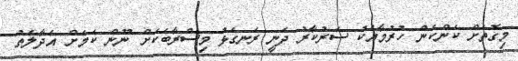
މިގޮތަށް ކަންކަން ހުރުމާއެކު ސަރުކާރު ދަނީ ރަނގަޅު މިސްރާބަކަށް ނޫން ކަމަށް އަދާލަތު